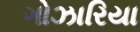
ગોઝારિયા